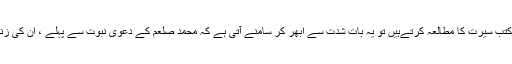
جب ہم مسلمانوں کی جانب سے لکھی جانے والی قدیم و جدید کتب سیرت کا مطالعہ کرتےہیں تو یہ بات شدت سے ابھر کر سامنے آتی ہے کہ محمد صلعم کے دعویٰ نبوت سے پہلے ، ان کی زندگی کو بڑے مختصر اور سرسری انداز سے بیان کیا گیا ہے۔